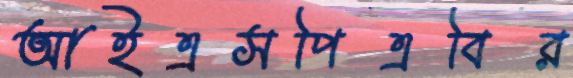
আইএসপিএবির